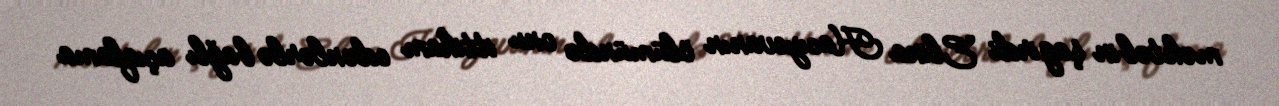
məktəbin şagirdi Elina Hacıyevanın ölümündə onu ittiham edənlərlə bağlı açıqlama